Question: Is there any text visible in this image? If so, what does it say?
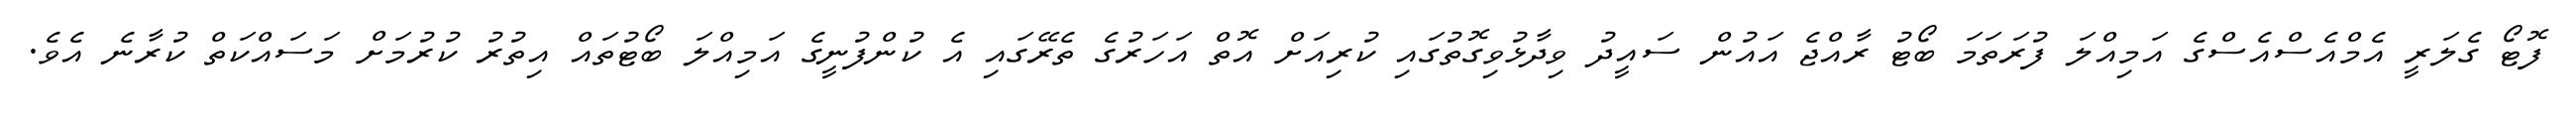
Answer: ފޮޓޯ ގެލަރީ އެމްއެސްއެސްގެ އަމިއްލަ ފުރަތަމަ ބޯޓު ރާއްޖެ އައުން ސައީދު ވިދާޅުވިގޮތުގައި ކުރިއަށް އޮތް އަހަރުގެ ތެރޭގައި އެ ކުންފުނީގެ އަމިއްލަ ބޯޓުތައް އިތުރު ކުރުމަށް މަސައްކަތް ކުރާނެ އެވެ.